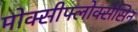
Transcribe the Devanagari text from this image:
मोक्सीफ्लोक्सेसिन